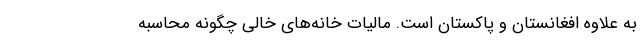
به علاوه افغانستان و پاکستان است. مالیات خانه‌های خالی چگونه محاسبه